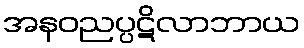
အနဝညပ္ပဋိလာဘာယ